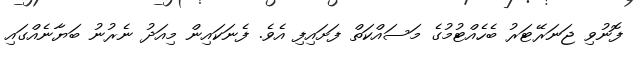
ފޮނުވި ޖަނަރޭޓަރު ބެހެއްޓުމުގެ މަސައްކަތް ފަށައިފި އެވެ. ފެނަކައިން މިއަދު ނެރުނު ބަޔާނެއްގައި